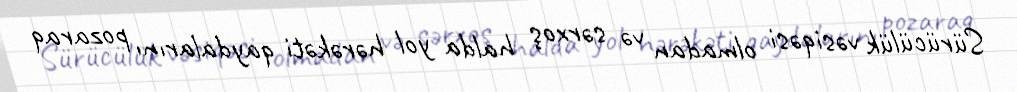
Sürücülük vəsiqəsi olmadan və sərxoş halda yol hərəkəti qaydalarını pozaraq